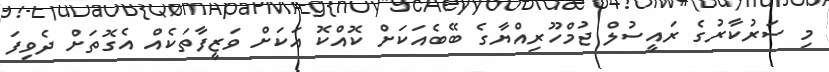
މި ސަރުކާރުގެ ރައީސުލް ޖުމްހޫރިއްޔާގެ ބޭބެއަކަށް ކޮއްކޮ އަކަށް ވަޒީފާތަކެއް އެގޮތަށް ދެވިފަ